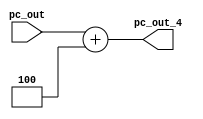
module PC_ADDER_4(
  pc_out_4,
  pc_out);
  
  input [31:0] pc_out;
  output [31:0] pc_out_4;
  
  assign pc_out_4 = pc_out + 4;
  
endmodule